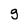
Character: g